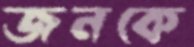
জনকে